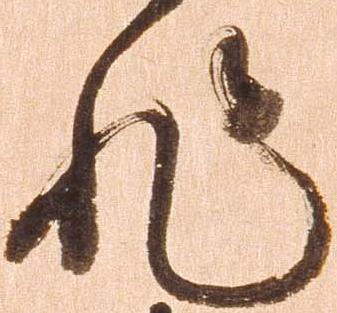
非